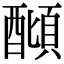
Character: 𨢣